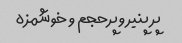
پر پنیر و پرحجم و خوشمزه